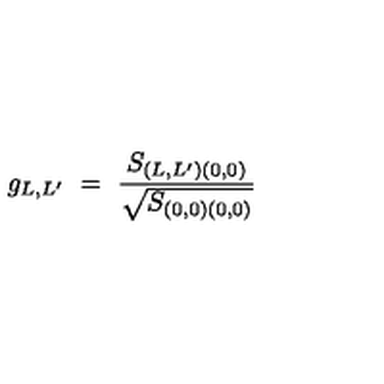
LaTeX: g _ { L , L ^ { \prime } } \ = \ \frac { S _ { ( L , L ^ { \prime } ) ( 0 , 0 ) } } { \sqrt { S _ { ( 0 , 0 ) ( 0 , 0 ) } } }